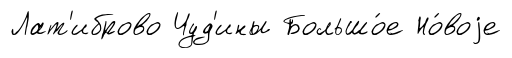
Лат'иброво Чуд'ины Большо́е Но́воjе